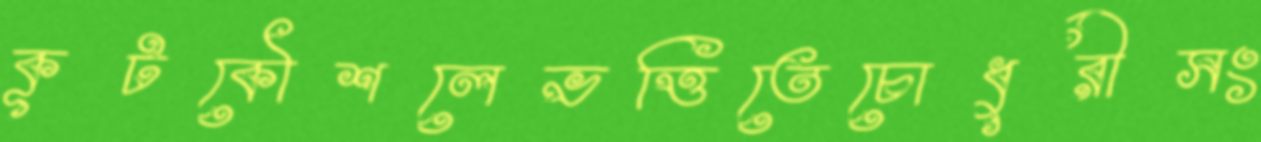
কূটকৌশলেভত্তিতেচোধুরীসং